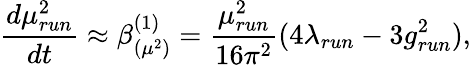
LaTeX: \frac{d\mu_{run}^{2}}{dt}\approx\beta_{(\mu^{2})}^{(1)}=\frac{\mu_{run}^{2}}{16\pi^{2}}(4\lambda_{run}-3g_{run}^{2}),